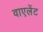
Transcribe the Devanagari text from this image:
वाएलेंट